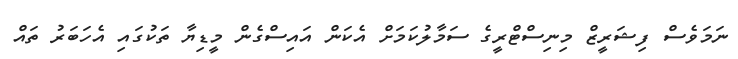
ނަމަވެސް ފިޝަރީޒް މިނިސްޓްރީގެ ސަމާލުކަމަށް އެކަން އައިސްގެން މީޑިޔާ ތަކުގައި އެހަބަރު ތައް